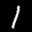
Label: 1